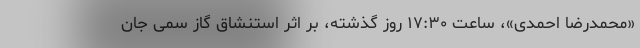
«محمدرضا احمدی»، ساعت ۱۷:۳۰ روز گذشته، بر اثر استنشاق گاز سمی جان